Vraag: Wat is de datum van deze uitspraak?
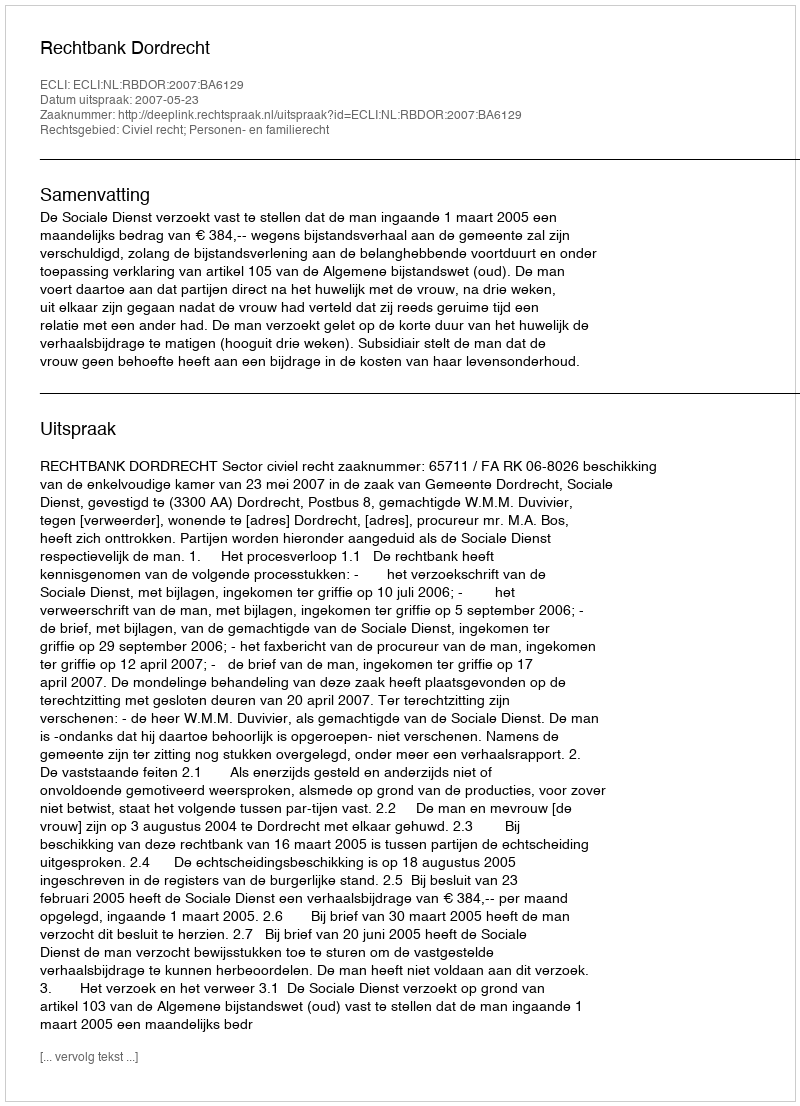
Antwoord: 2007-05-23